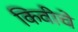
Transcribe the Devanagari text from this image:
किवीचे